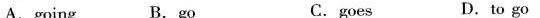
A.going B.go C.goes D.to go